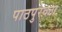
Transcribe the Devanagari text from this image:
पाठपुरवठा